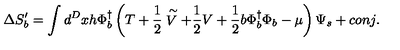
\Delta S _ { b } ^ { \prime } = \int d ^ { D } x h \Phi _ { b } ^ { \dagger } \left( T + \frac { 1 } { 2 } \stackrel { \sim } { V } + \frac { 1 } { 2 } V + \frac { 1 } { 2 } b \Phi _ { b } ^ { \dagger } \Phi _ { b } - \mu \right) \Psi _ { s } + c o n j .